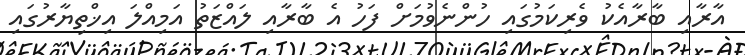
އާރާއި ބާރާއެކު ވެރިކަމުގައި ހުންނެވުމަށް ފަހު އެ ބާރާއި ލައްޒަތު އަމިއްލަ އިޚްތިޔާރުގައި